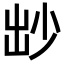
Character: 𡭱